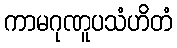
ကာမဂုဏူပသံဟိတံ